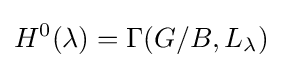
H^{0}(\lambda )=\Gamma (G/B,L_{\lambda })